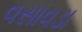
વસાવડા